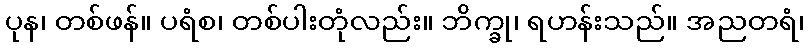
ပုန၊ တစ်ဖန်။ ပရံစ၊ တစ်ပါးတုံလည်း။ ဘိက္ခု၊ ရဟန်းသည်။ အညတရံ၊